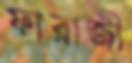
ফারাজী